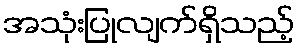
အသုံးပြုလျက်ရှိသည့်